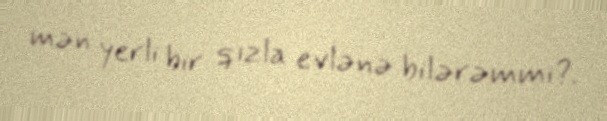
mən yerli bir qızla evlənə bilərəmmi?.